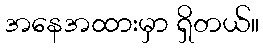
အနေအထားမှာ ရှိတယ်။